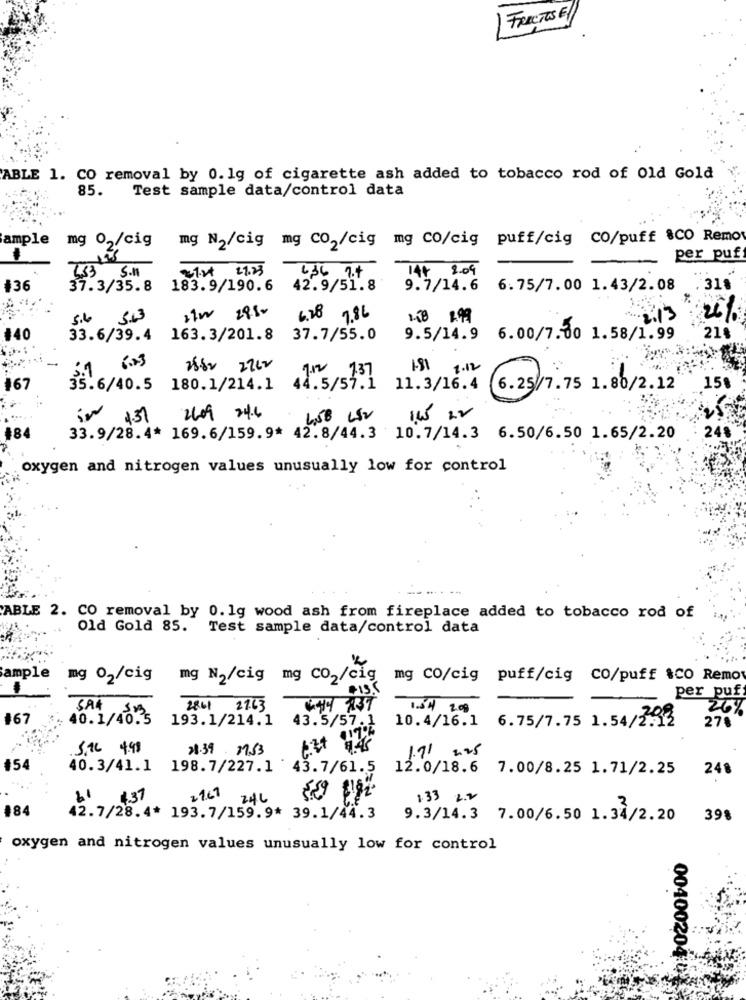
FRUCTOSE
ABLE 1. CO removal by 0. 1g of cigarette ash added to tobacco rod of Old Gold
85.
Test sample data/control data
ample
mg 02/cig
mg N2/cig mg co,/cig mg co/cig puff/cig CO/puff &CO Remo
1
per puf
21.21 21.23
144 2.09
7.33 5.11
6,36 7.4
37.3/35.8 183.9/190.6
42.9/51.8
9.7/14.6
6.75/7.00 1.43/2.08
. 31.
5.6 5.3
6.28 7.86
1.58 1.99
2/3
20%
#40
33.6/39.4 163.3/201.8 37.7/55.0
9.5/14.9 6.00/7.00 1.58/1.99
21%
1 . 12
-
44.5/57.1
#67
35.6/40.5 180.1/214.1
11.3/16.4
6.25/7.75 1.80/2.12
15%
2609 24.6
248
#84
33.9/28.4* 169.6/159.9* 42.8/44.3 10.7/14.3 6.50/6.50 1.65/2.20
oxygen and nitrogen values unusually low for control
ABLE 2. CO removal by 0.1g wood ash from fireplace added to tobacco rod of
Old Gold 85. Test sample data/control data
ample
mg 02/cig mg N2/cig mg CO2/cig mg co/cig puff/cig CO/puff &CO Remo
PISS
per puf
2861 27.63
444 AST
1.54 209
26%
167
SAK SY
10.1/40.5
193.1/214.1
10.4/16.1
6.75/7.75 1.54/2.13
43.5/57.1
278
.5.16 4.98
21.39 153
1:4 4.45
1.71 2.25
#54
40.3/41.1 198.7/227.1 43.7/61.5
12.0/18.6
7.00/8.25 1.71/2.25
248
4.37
21.67 246
133 2.2
#84
42.7/28.4* 193.7/159.9* 39.1/44.3
9.3/14.3 7.00/6.50 1.34/2.20
39%
oxygen and nitrogen values unusually low for control
004002040